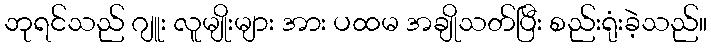
ဘုရင်သည် ဂျူး လူမျိုးများ အား ပထမ အချိုသတ်ပြီး စည်းရုံးခဲ့သည်။